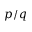
p / q